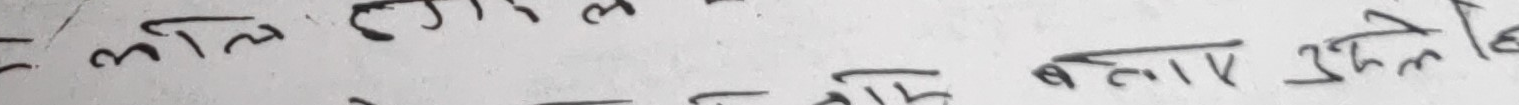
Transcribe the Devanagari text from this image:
पुस्तक बताओ उद्देश्य